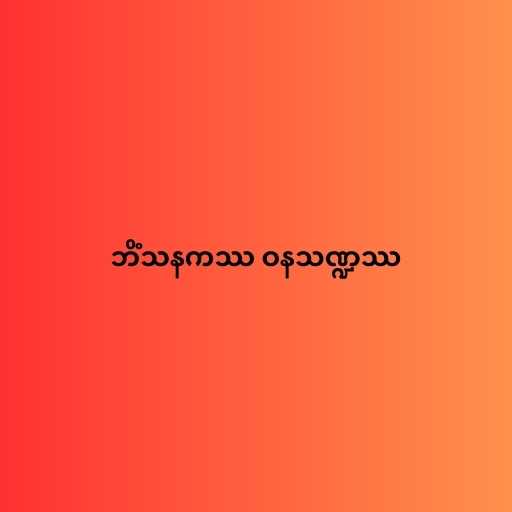
ဘိံသနကဿ ဝနသဏ္ဍဿ